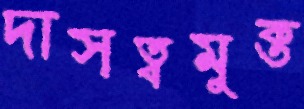
দাসত্বমুক্ত